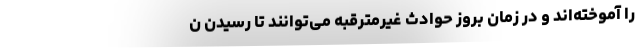
را آموخته‌اند و در زمان بروز حوادث غیرمترقبه می‌توانند تا رسیدن ن